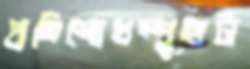
প্রতিশোধস্পৃহাটা